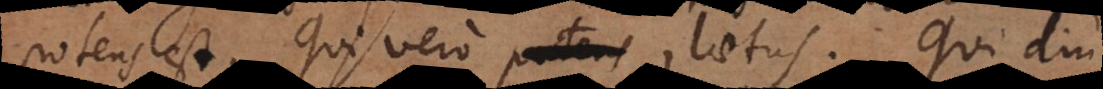
potens est. Qui vero [potens], laetus. Qui di